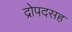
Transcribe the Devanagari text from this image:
द्रोपदसह